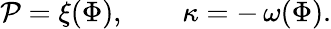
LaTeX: \mathcal{P}=\xi(\Phi),\qquad\kappa=-\, \omega(\Phi).